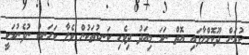
ކުރަން ދޫކޮށްލާފައި އޮތް ނަމަ މިއަދު ދިވެހި ކަނޑުތަކުން ވެލާ ކަހަނބު ނުފެނުމަކީ